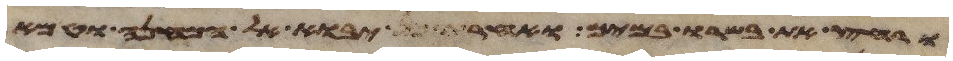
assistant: ורחץ את בשרו במים ואחר יבוא אל המחנה וטמא